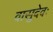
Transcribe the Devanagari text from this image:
वासुदेवः